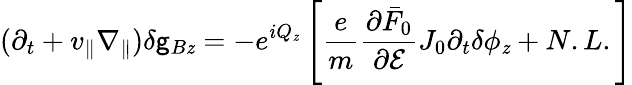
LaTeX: (\partial_{t}+v_{\parallel}\nabla_{\parallel})\delta\mathsf{g}_{B\mathit{z}}=-e^{iQ_{\mathit{z}}}\left[\frac{{e}}{{m}}\frac{{\partial\bar{{F}}_{0}}}{{\partial\mathcal{{E}}}}J_{0}\partial_{t}\delta\phi_{\mathit{z}}+N.L.\right]